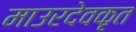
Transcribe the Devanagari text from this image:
माउरदेवकृत